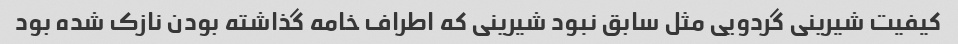
کیفیت شیرینی گردویی مثل سابق نبود شیرینی که اطراف خامه گذاشته بودن نازک شده بود